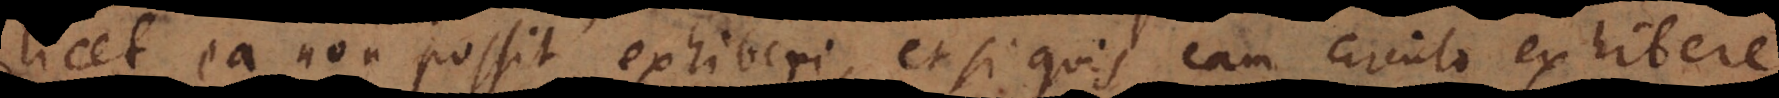
licet ea non possit exhiberi, et si quis eam circulo exhibere